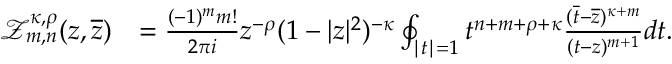
\begin{array} { r l } { \mathcal { Z } _ { m , n } ^ { \kappa , \rho } ( z , \overline { { z } } ) } & { = \frac { ( - 1 ) ^ { m } m ! } { 2 \pi i } z ^ { - \rho } ( 1 - | z | ^ { 2 } ) ^ { - \kappa } \oint _ { \mid t \mid = 1 } t ^ { n + m + \rho + \kappa } \frac { ( \overline { { t } } - \overline { { z } } ) ^ { \kappa + m } } { ( t - z ) ^ { m + 1 } } d t . } \end{array}